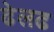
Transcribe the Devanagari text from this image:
ढेलढ